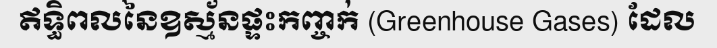
ឥទ្ធិពលនៃឧស្ម័នផ្ទះកញ្ចក់ (Greenhouse Gases) ដែល